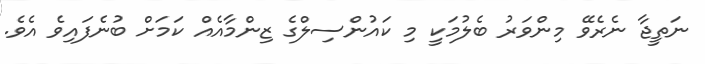
ނަތީޖާ ނެރެވޭ މިންވަރު ބެލުމަކީ މި ކައުންސިލްގެ ޒިންމާއެއް ކަމަށް ބުނެފައިވެ އެވެ.